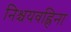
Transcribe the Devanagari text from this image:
निश्चयवह्निना